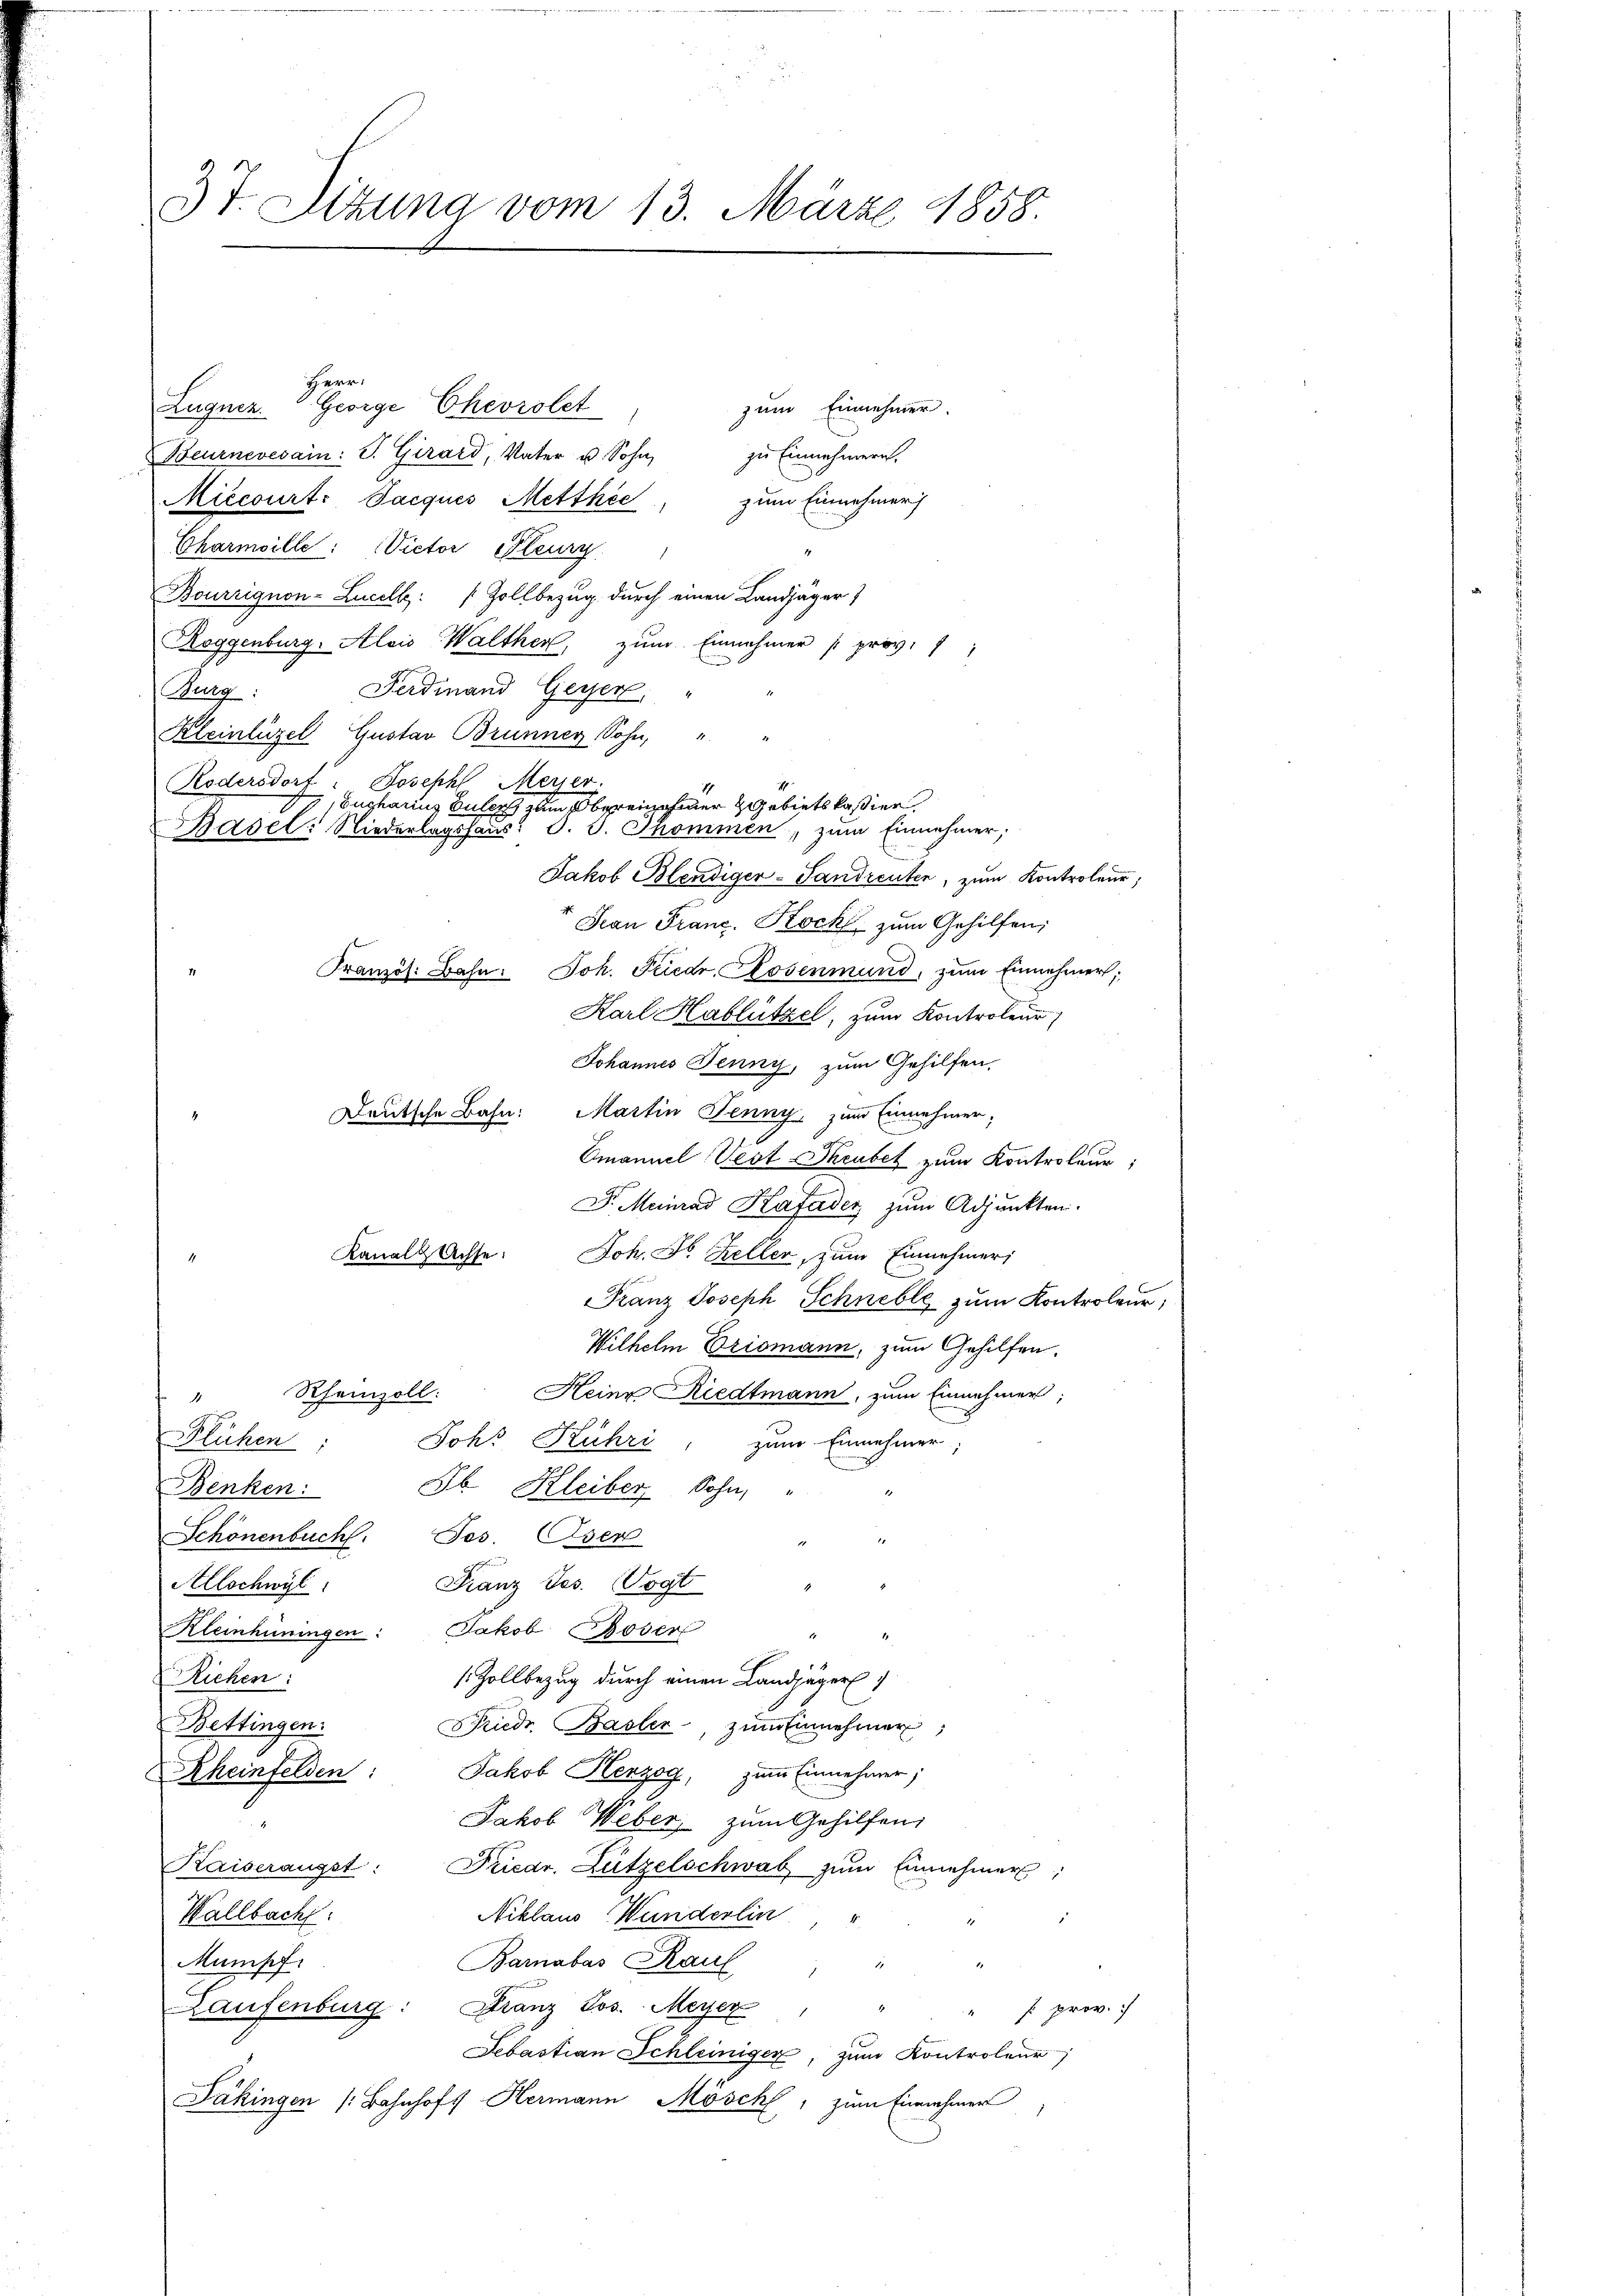
3t. Sitzung vom 13. März 1858.

Herr
zum Einnehmer.
Lugner. George Chevrolet
Beurnevesain: S. Girard, Vater u. Sohn,
zu Einnehmern.
Miccourt: Jacques Metthée, zum Einnehmer
Charmoille: Victor Bleury
Bourrignon-Lucelle:   Zollbezug durch einen Landjäger)
Roggenburg. Alois Walther, zum Einnahmer prov. 1
Ferdinand Geiserl
Burg
Kleinlüzel Gustav Brunner Sohn,
Ködersdorf. Joseph Meyer,
Bucharius Suler zum Obereinahmer gebietskassier
Basel: Niederlagshaus d. J. Thommen, zum Einnehmer;
Jakob Blendiger-Landreuten, zum Kontroleur,
Jean Franz. Koch zum Gehilfen;
Französ. Bahn. Joh. Friedr. Rosenmund, zum Einnehmer;
Karl Hablützel, zum Kontroleur
Johannes Jenny, zum Gehilfen.
Deutsche Bahn: Martin Jenny, zum Einnehmer;
Emanuel Vest Theubes zum Kontroleur;
Dr. Meinrad Kafader zum Adjunkten.
Joh. Fr. Kellen, zum Einnehmeri
Franz Joseph Schnelle zum Kontroleur,
Wilhelm Brismann, zum Gehilfen.
Rheinzoll:
Heine Riedtmann, zum Einnehmer;
1
Blechen
Johr Kuhri, zum Einnehmer
Jb. Kleiber, Sohn,
Benken:
Schönenbuch. Jos. Oser
Franz Jes. Vogt
Allschwyl
Kleinhüningen: Jakob Böser
1
Riehen:
1 Zollbezug durch einen Landjäger
Bettingen:
Friedr. Basler, zum Einnehmer
Rheinfelden: Jakob Herzog, zum Einnehmer;
Jakob Weber, zum Gehilfen;
Kaiseraügst: Friedr. Lützelschwab zŭm Einnehmer;
Wallbacht.
Niklaus Wunderlin "
Mumpf
Barabas Raul " "
2.
Laufenburg: Franz Jos. Meyer
s prov.
Sebastian Schleiniger, zum Kontroleur
Jäkingen (Bahnhofs Hermann Mösch, zum Einnehmer

Kanale Achse